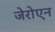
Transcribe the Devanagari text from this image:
जेरोएन